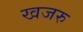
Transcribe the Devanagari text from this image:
खजरु